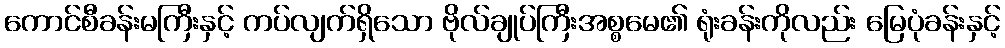
ကောင်စီခန်းမကြီးနှင့် ကပ်လျက်ရှိသော ဗိုလ်ချုပ်ကြီးအစ္စမေ၏ ရုံးခန်းကိုလည်း မြေပုံခန်းနှင့်